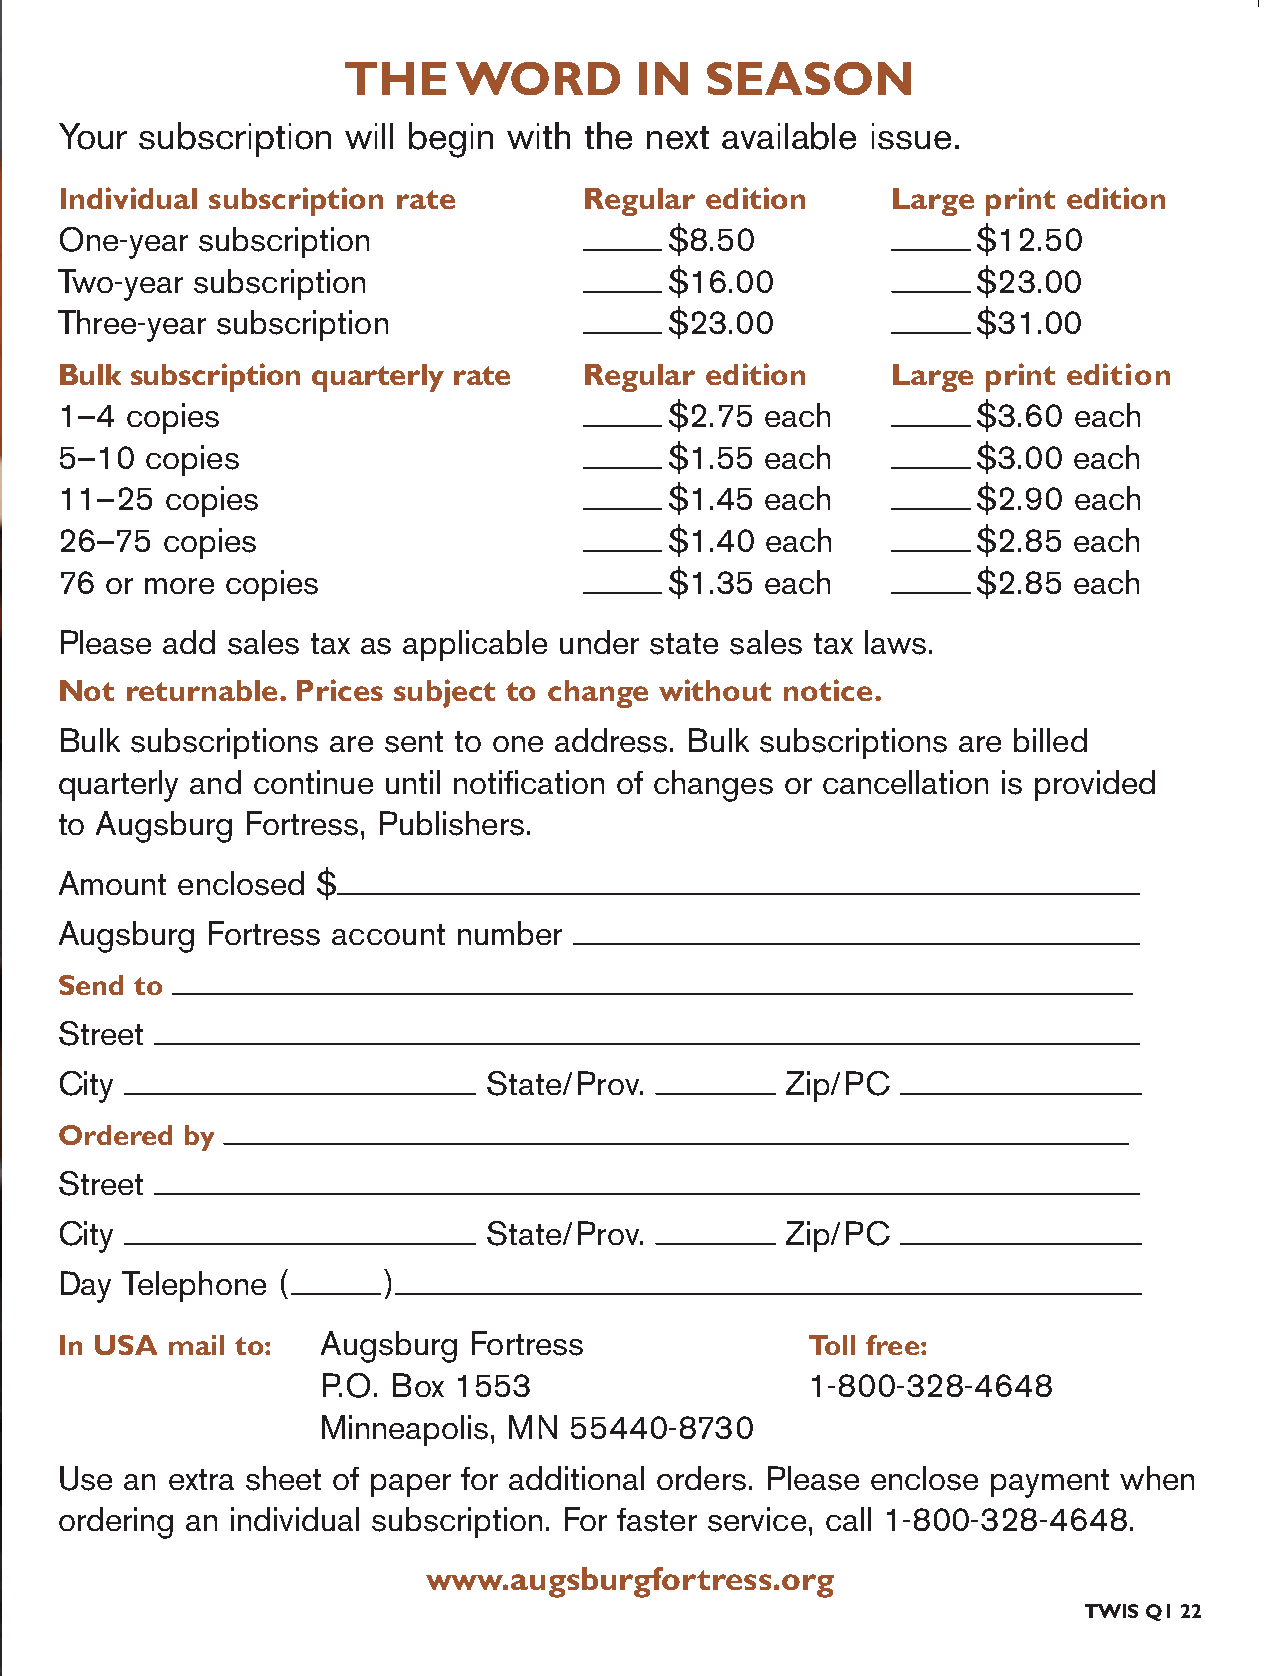
THE    WORD        IN   SEASON
 Your subscription  will begin with the next available issue.
 And  now,  O Lord,  what  do I wait for?
 Individual subscription rate       Regular edition     Large print edition
 One-year subscription                   $8.50                $12.50
 My  hope  is in you. (Psalm  39:7)                              Two-year subscription                   $16.00               $23.00
 Three-year subscription                 $23.00               $31.00
 Bulk subscription quarterly rate   Regular edition     Large print edition
 During the pandemic   I bought  a fiddle-leaf fig plant. Then one
 1–4 copies                              $2.75  each          $3.60 each
 5–10  copies                            $1.55  each          $3.00 each
 of the heart-shaped   leaves developed   a brown   hole. Next, a
 11–25  copies                           $1.45  each          $2.90 each
 26–75  copies                           $1.40  each          $2.85 each
 leaf fell off. And then another. One  by  one, the  leaves fell—
 76 or more copies                       $1.35  each          $2.85 each
 Please add sales tax as applicable under state sales tax laws.
 until a single leaf remained.  I searched  online  for answers.
 Not returnable. Prices subject to change without notice.
 I asked  my  librarian. I changed  how   I watered  the plant. I              Bulk subscriptions are sent to one address. Bulk subscriptions are billed
 quarterly and continue until notification of changes or cancellation is provided
 waited. Months  later, a new leaf appeared.  Then another.  And               to Augsburg Fortress, Publishers.
 Amount  enclosed $
 another. Now   my plant seems   healthy.
 Augsburg  Fortress account number
 Send to
 I am   often amazed    at  how   God   can  bring  new   life to
 Street
 City                        State/Prov.         Zip/PC
 situations that appear  hopeless.  We   heal. A rift is mended.
 Ordered by
 Street
 New  possibilities appear. As  you  read these  devotions,  look
 City                        State/Prov.         Zip/PC
 for messages   of hope.  Then  consider  your life: how is God                Day Telephone (      )
 In USA mail to:  Augsburg  Fortress              Toll free:
 renewing  you?
 P.O. Box 1553                   1-800-328-4648
 Minneapolis, MN  55440-8730
 —Pastor  Rochelle  Melander                Use an extra sheet of paper for additional orders. Please enclose payment when
 ordering an individual subscription. For faster service, call 1-800-328-4648.
 www.augsburgfortress.org
 TWIS Q1 22